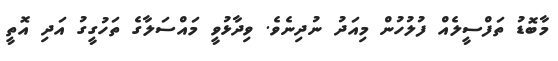
މާބޮޑު ތަފްސީލެއް ފުލުހުން މިއަދު ނުދިނެވެ. ވިދާޅުވީ މައްސަލާގެ ތަހުގީގު އަދި އޮތީ